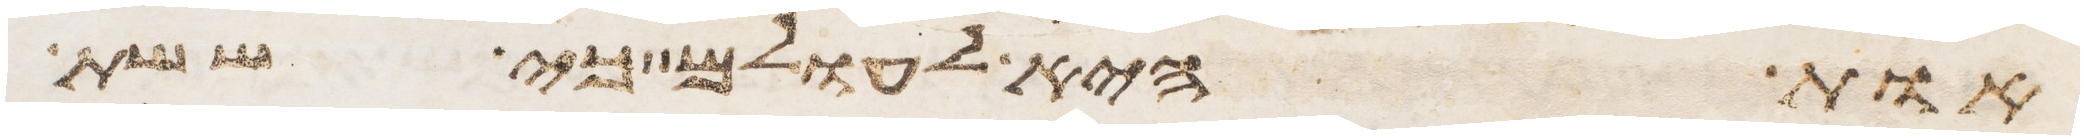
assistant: אות היא לעולם כי ששת